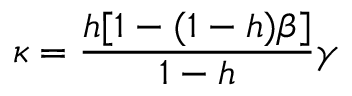
\kappa = { \frac { h [ 1 - ( 1 - h ) \beta ] } { 1 - h } } \gamma